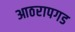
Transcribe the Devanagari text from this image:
आठरापगड